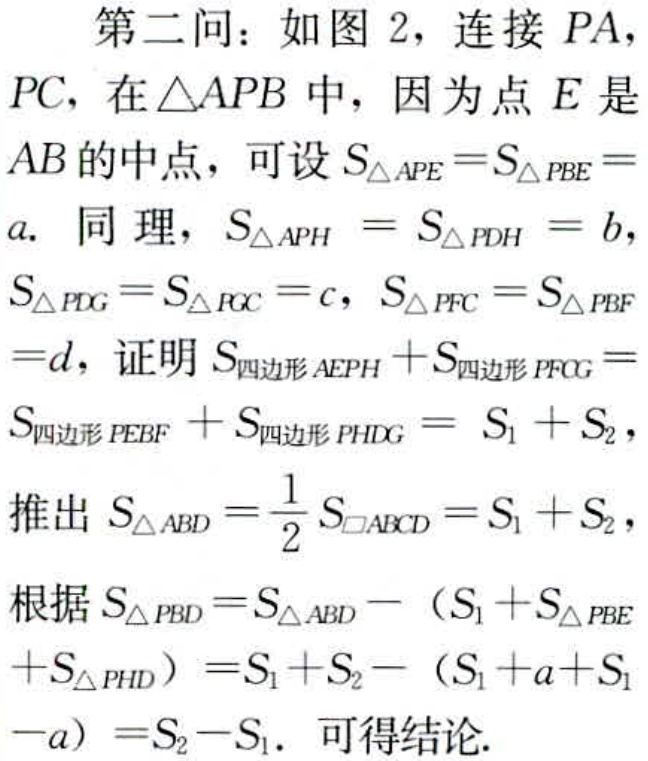
第二问：如图 2，连接 \(PA\)，
\(PC\)，在\(\triangle APB\)中，因为点 \(E\) 是
\(AB\)的中点，可设 \(S_{\triangle APE}=S_{\triangle PBE}=
a\). 同理，\(S_{\triangle APH}=S_{\triangle PDH}=b\)，
\(S_{\triangle PDG}=S_{\triangle PGC}=c\)，\(S_{\triangle PFC}=S_{\triangle PBF}
=d\)，证明 \(S_{四边形AEPH}+S_{四边形PFCG}=
S_{四边形PEBF}+S_{四边形PHDG}=S_{1}+S_{2}\)，
推出 \(S_{\triangle ABD}=\frac{1}{2}S_{\square ABCD}=S_{1}+S_{2}\)，
根据 \(S_{\triangle PBD}=S_{\triangle ABD}-(S_{1}+S_{\triangle PBE}
+S_{\triangle PHD})=S_{1}+S_{2}-(S_{1}+a + S_{1}
-a)=S_{2}-S_{1}\). 可得结论.